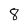
Character: 8